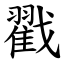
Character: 戳